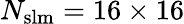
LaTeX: N_{\mathrm{{slm}}}=16\times 16